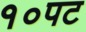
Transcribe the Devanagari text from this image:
१०पट